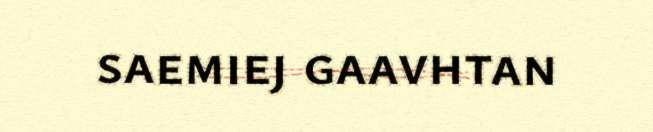
saemiej gaavhtan